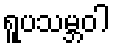
ရူပသမ္ဘဝါ